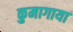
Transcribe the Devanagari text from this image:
कुमागाया